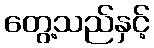
တွေ့သည်နှင့်